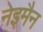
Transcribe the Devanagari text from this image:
नेइमैन